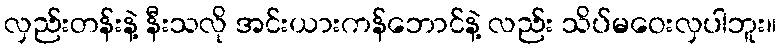
လှည်းတန်းနဲ့ နီးသလို အင်းယားကန်ဘောင်နဲ့ လည်း သိပ်မဝေးလှပါဘူး။